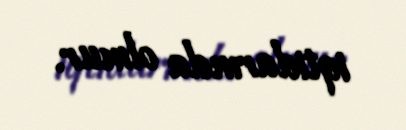
iqtidarında olmur.